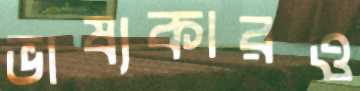
ভাষ্যকারও